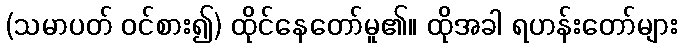
(သမာပတ် ဝင်စား၍) ထိုင်နေတော်မူ၏။ ထိုအခါ ရဟန်းတော်များ